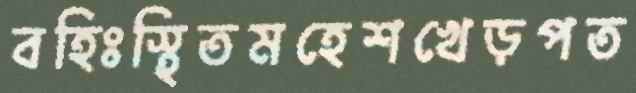
বহিঃস্থিতমহেশখেড়পত